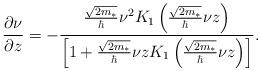
LaTeX: \begin{align*}\frac{\partial\nu}{\partial z}=-\frac{\frac{\sqrt{2m_*}}{\hbar}\nu^2 K_1\left(\frac{\sqrt{2m_*}}{\hbar}\nu z\right)}{\left[1+\frac{\sqrt{2m_*}}{\hbar}\nu z K_1\left(\frac{\sqrt{2m_*}}{\hbar}\nu z \right)\right]}.\end{align*}